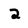
Character: 2